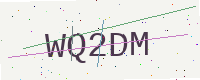
Text: WQ2DM